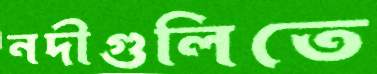
নদীগুলিতে